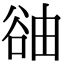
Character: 䜬